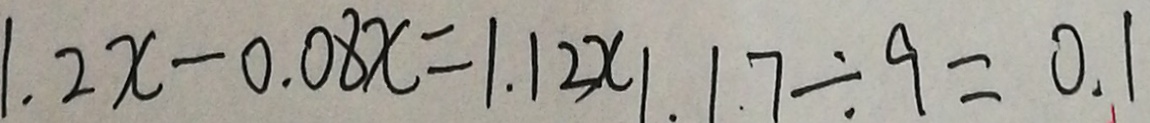
1 . 2 x - 0 . 0 8 x = 1 . 1 2 x 1 . 1 7 \div 9 = 0 . 1